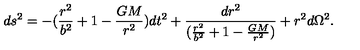
d s ^ { 2 } = - ( { \frac { r ^ { 2 } } { b ^ { 2 } } } + 1 - { \frac { G M } { r ^ { 2 } } } ) d t ^ { 2 } + { \frac { d r ^ { 2 } } { ( { \frac { r ^ { 2 } } { b ^ { 2 } } } + 1 - { \frac { G M } { r ^ { 2 } } } ) } } + r ^ { 2 } d \Omega ^ { 2 } .